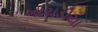
ગાયડીયા